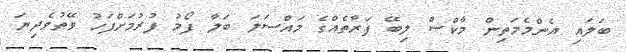
ބަލައި އެންމެމަތިން މާކްސް ލިބޭ ފަރާތެއްގެ މައްސަލަ ބަލާ ފޯމު ފުރުމަށްފަހު ވޭތުވެދިޔަ